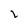
Character: 2